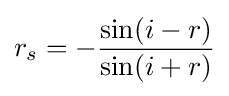
r_{s}=-{\frac {\sin(i-r)}{\sin(i+r)}}